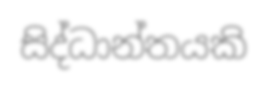
සිද්ධාන්තයකි